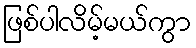
ဖြစ်ပါလိမ့်မယ်ကွာ